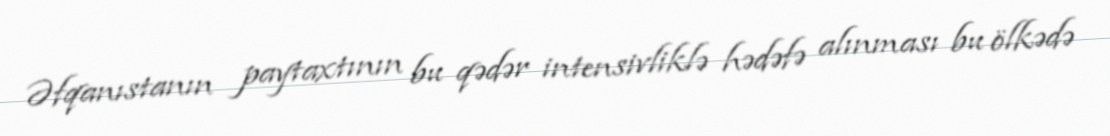
Əfqanıstanın paytaxtının bu qədər intensivliklə hədəfə alınması bu ölkədə